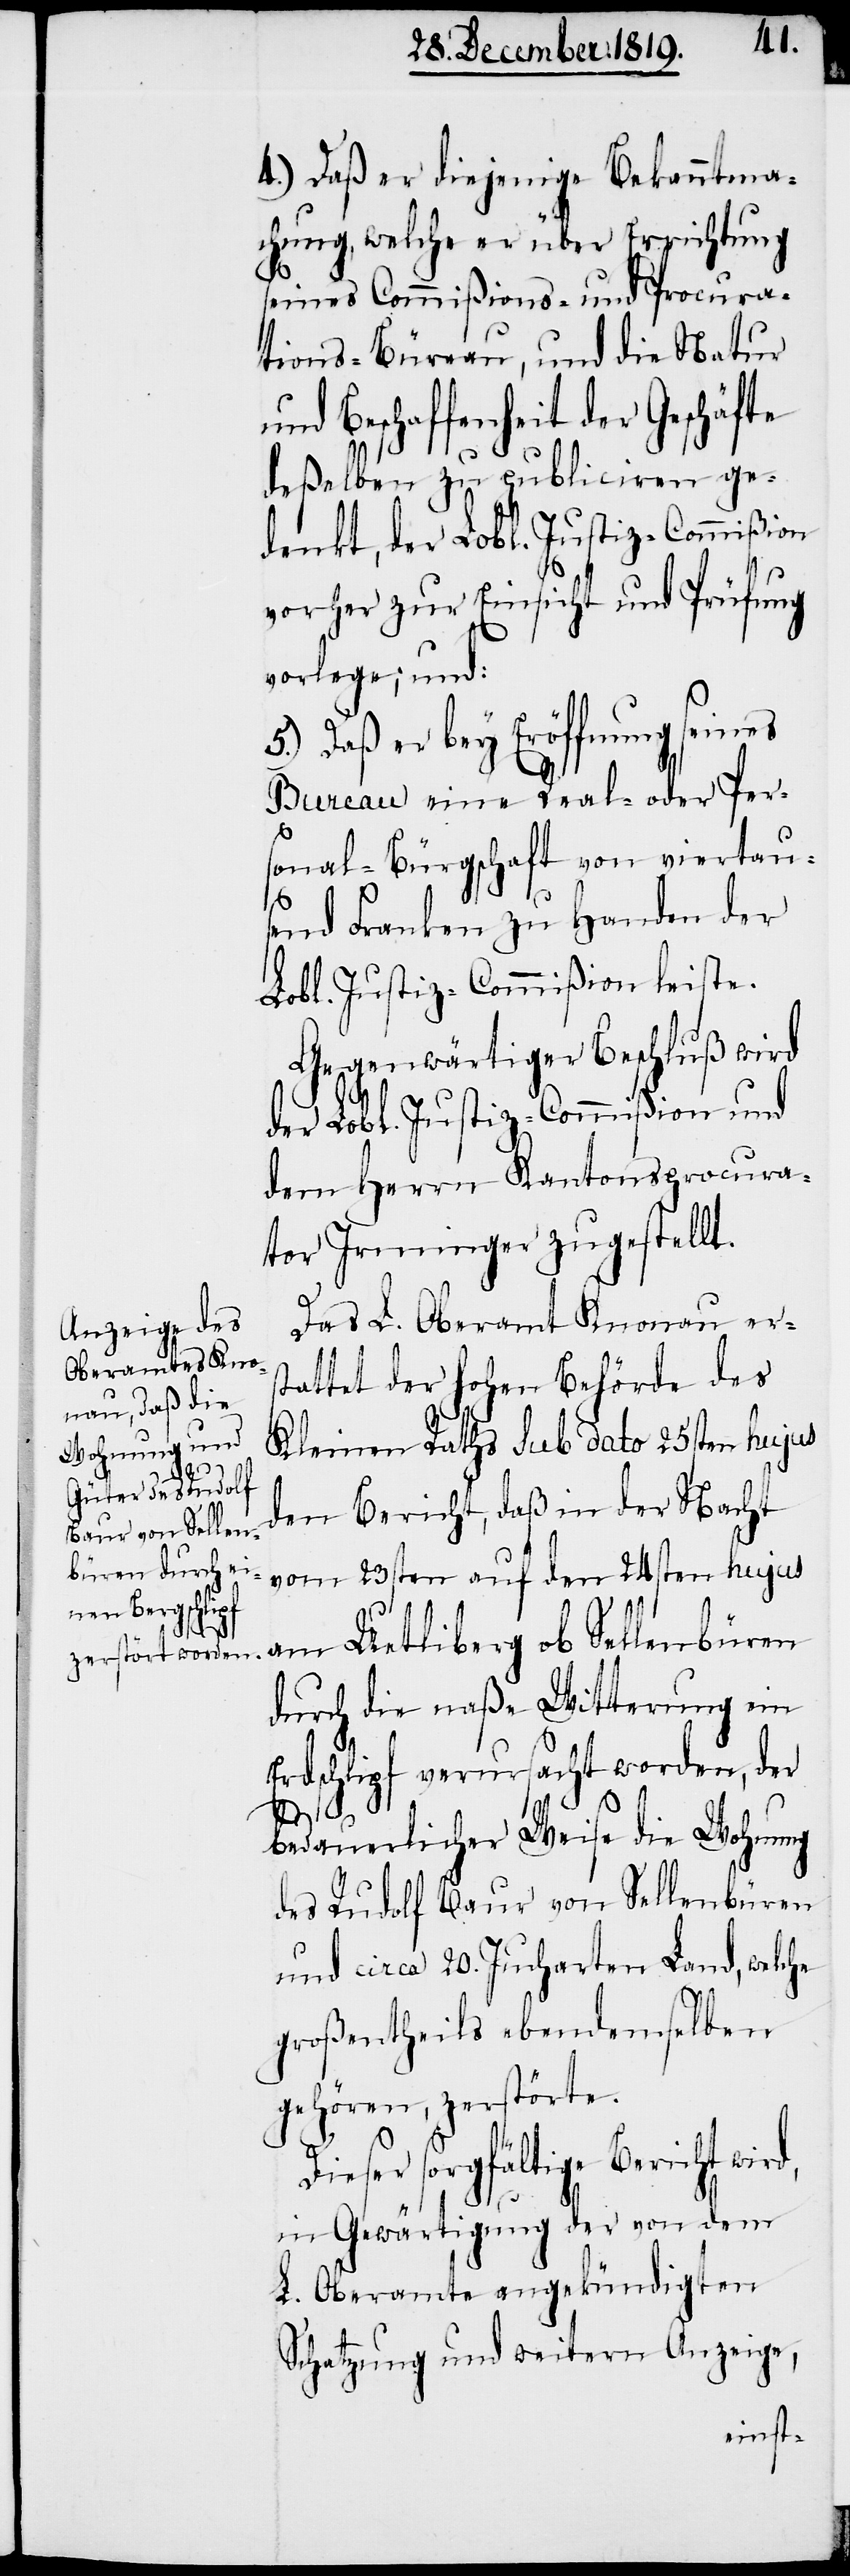
4.) Daß er diejenige Bekanntma¬
chung, welche er über Errichtung
seines Commißions- und Procura¬
tions-Büreau, und die Natur
und Beschaffenheit der Geschäfte
deßelben zu publiciren ge¬
denkt, der Lobl. Justiz-Commißion
vorher zur Einsicht und Prüfung
vorlege; und:
Daß er bey Eröffnung seines
Bureau eine Real- oder Per¬
d,
sonal-Bürgschaft von viertau¬
send Franken zu Handen der
Lobl. Justiz-Commißion leiste.
Gegenwärtiger Beschluß wird
der Lobl. Justiz-Commißion und
dem Herrn Kantonsprocura¬
tor Irminger zugestellt.
Das L. Oberamt Knonau ers¬
tattet der hohen Behörde des
Kleinen Raths sub dato 25sten hujus
den Bericht, daß in der Nacht
vom 23sten auf den 24sten hujus
am Uetliberg ob Sellenbüren
durch die naße Witterung ein
Erdschlipf verursacht worden, der
bedauerlicher Weise die Wohnung
des Rudolf Baur von Sellenbüren
und circa 20. Jucharten Land, welche
großentheils ebendemselben
gehören, zerstörte.
Dieser sorgfältige Bericht wir¬
in Gewärtigung der von dem
L. Oberamte angekündigten
Schatzung und weitern Anzeige,